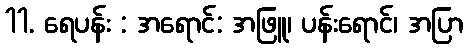
11. ရေပန်း : အရောင်: အဖြူ၊ ပန်းရောင်၊ အပြာ